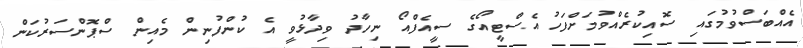
އެއްބަސްވުމުގައި ސޮއިކުރެއްވުމަށްފަހު އެސްޓީއޯގެ ސީއެފްއޯ ނިހާދު ވިދާޅުވީ އެ ކުންފުނިން މެއިން ސްޕޮންސަރުކަން